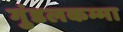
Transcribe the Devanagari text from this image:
गुंडलकम्मा